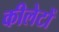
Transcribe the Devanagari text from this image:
कीलेटों